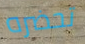
تحضره